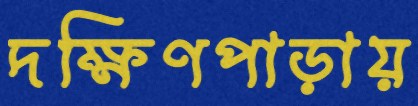
দক্ষিণপাড়ায়